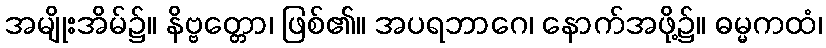
အမျိုးအိမ်၌။ နိဗ္ဗတ္တော၊ ဖြစ်၏။ အပရဘာဂေ၊ နောက်အဖို့၌။ ဓမ္မကထံ၊